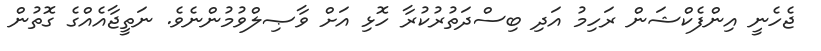
ޖެހެނީ އިންފެކްޝަން ރަހިމު އަދި ބިސްދަތުރުކުރާ ހޮޅި އަށް ވާޞިލްވުމުންނެވެ. ނަތީޖާއެއްގެ ގޮތުން